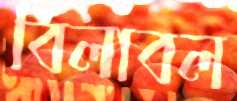
বিলাবল